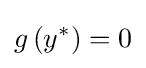
g\left(y^{*}\right)=0